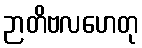
ဉာတိဗလဟေတု